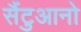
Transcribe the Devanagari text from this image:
सैंटुआनो